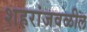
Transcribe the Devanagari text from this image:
शहरांजवळील